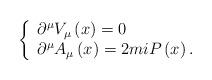
LaTeX: \begin{align*}\left\{ \begin{array}{l}\partial ^{\mu }V_{\mu }\left( x\right) =0 \\ \partial ^{\mu }A_{\mu }\left( x\right) =2miP\left( x\right) .\end{array}\right.\end{align*}